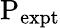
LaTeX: \mathrm{P_{expt}}